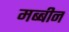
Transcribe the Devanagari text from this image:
मब्बीन